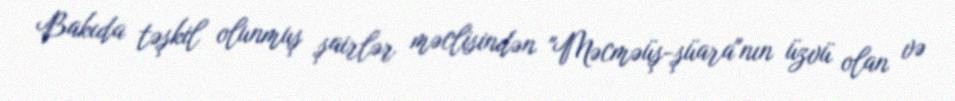
Bakıda təşkil olunmuş şairlər məclisindən "Məcməüş-şüara"nın üzvü olan və